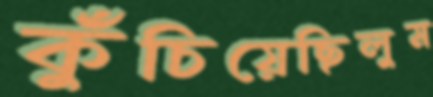
কুঁচিয়েছিলুম